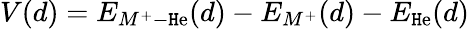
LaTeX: V(d)=E_{M^{+}-\mathtt{H}\mathrm{e}}(d)-E_{M^{+}}(d)-E_{\mathtt{H}\mathrm{e}}(d)